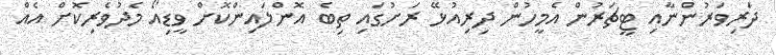
ދަރިވަރުންނާއި ޓީޗަރުން އެމީހުން ދިރިއުޅޭ ރަށުގައި ތިބެ އޮންލައިންކޮށް ވީޑިއޯ މެދުވެރިކޮށް އެއް